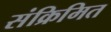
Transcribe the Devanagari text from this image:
संक्रिमित